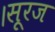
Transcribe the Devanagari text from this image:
।सूरज